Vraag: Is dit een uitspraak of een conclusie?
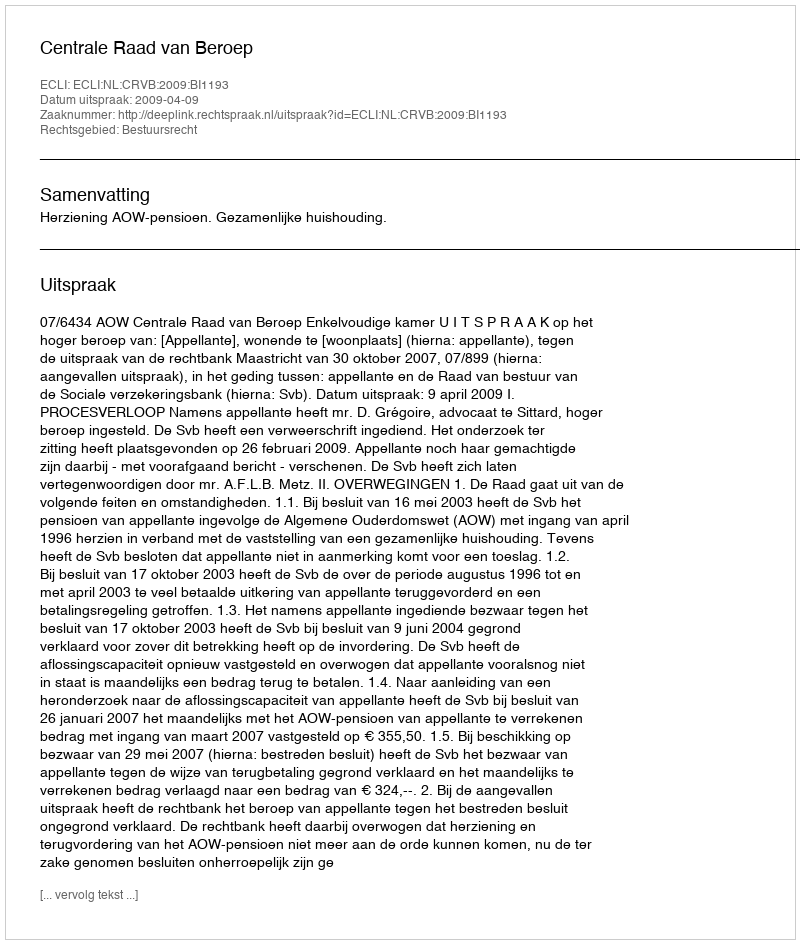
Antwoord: Uitspraak